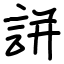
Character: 誁